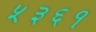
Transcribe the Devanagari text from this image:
५३६१